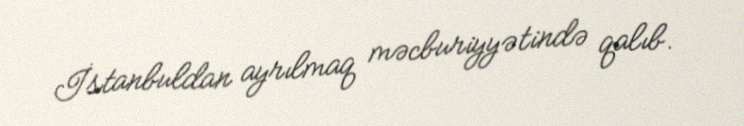
İstanbuldan ayrılmaq məcburiyyətində qalıb.